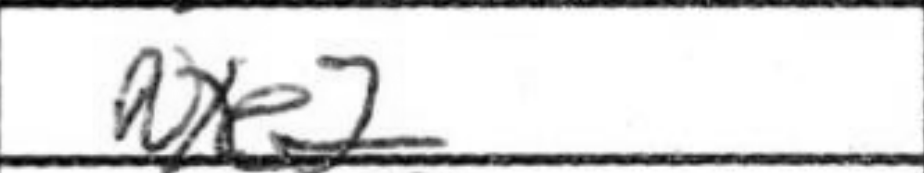
Transcription: Nxe2